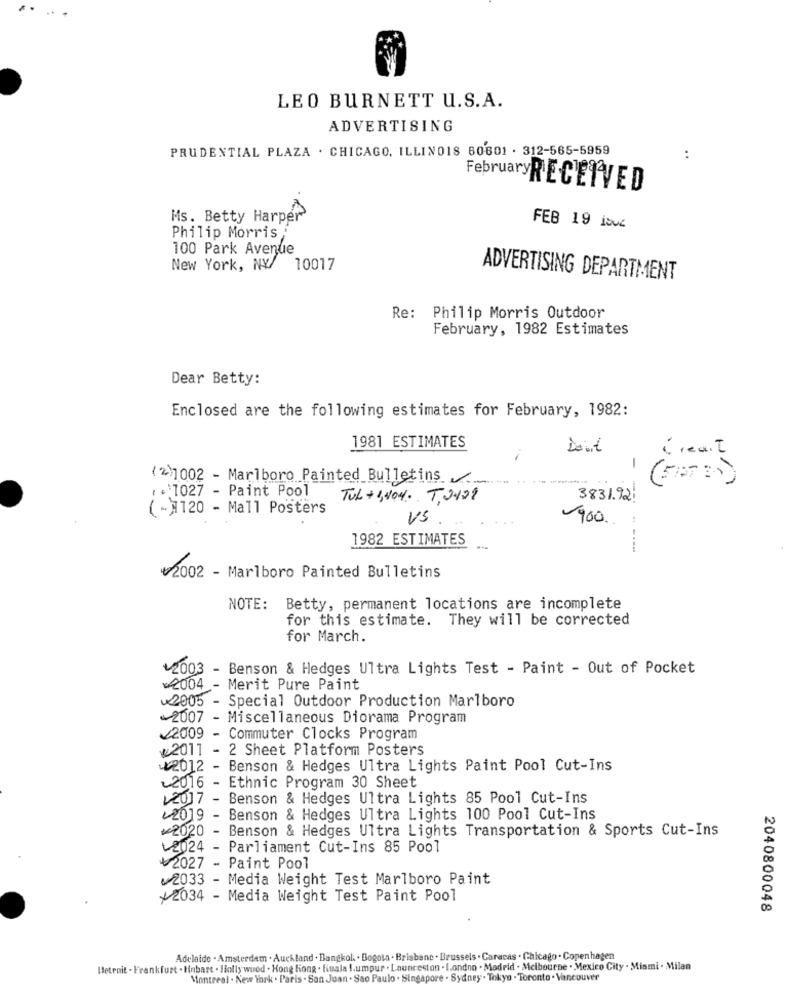
..
LEO BURNETT U.S.A.
ADVERTISING
PRUDENTIAL PLAZA . CHICAGO, ILLINOIS 60801 . 312-565-5959
:
FebruaryRECEIVED
Ms. Betty Harper
FEB 19 Jové
Philip Morris
100 Park Avenue
New York, NY 10017
ADVERTISING DEPARTMENT
Re: Philip Morris Outdoor
February, 1982 Estimates
Dear Betty:
Enclosed are the following estimates for February, 1982:
1981 ESTIMATES
David
Great
( 2)1002 - Marlboro Painted Bulletins
, . 1027 - Paint Pool
TUL+ 1,404. T.0409
3831.92!
( - 120 - Mall Posters
- ==
US
900.
1982 ESTIMATES
₩2002 - Marlboro Painted Bulletins
NOTE: Betty, permanent locations are incomplete
for this estimate. They will be corrected
for March.
+2003 - Benson & Hedges Ultra Lights Test - Paint - Out of Pocket
2004 - Merit Pure Paint
2005 - Special Outdoor Production Marlboro
2007 - Miscellaneous Diorama Program
22009 - Commuter Clocks Program
@2011 - 2 Sheet Platform Posters
¥2012 - Benson & Hedges Ultra Lights Paint Pool Cut-Ins
2016 - Ethnic Program 30 Sheet
12017 - Benson & Hedges Ultra Lights 85 Pool Cut-Ins
2019 - Benson & Hedges Ultra Lights 100 Pool Cut-Ins
₩2020 - Benson & Hedges Ultra Lights Transportation & Sports Cut-Ins
L2024 - Parliament Cut-Ins 85 Pool
2027 - Paint Pool
2033 - Media Weight Test Marlboro Paint
/2034 - Media Weight Test Paint Pool
2040800048
Adelaide . Amsterdam . Auckland . Bangkok . Bogota . Brisbane . Brussels . Caracas . Chicago . Copenhagen
ISetroit - Frankfurt . Hinbart . Hollywood . Hong fiong . fiuala !. umpur . Launceston . I.ondno . Madrid . Melbourne . Mexico City . Miami - Milan
Montreal . New York . Paris . San Juan . Sao Paulo . Singapore . Sydney . Tokyo . Toronto . Vancouver